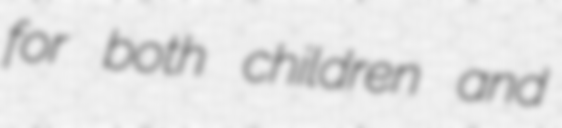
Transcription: for both children and